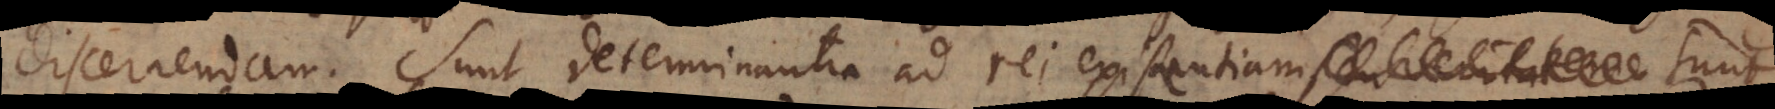
discernendam. Sunt determinantia ad rei existentiam,, se